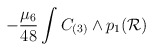
\begin{align*}-{\mu_6\over 48}\int C_{(3)}\wedge p_1({\cal R})\end{align*}